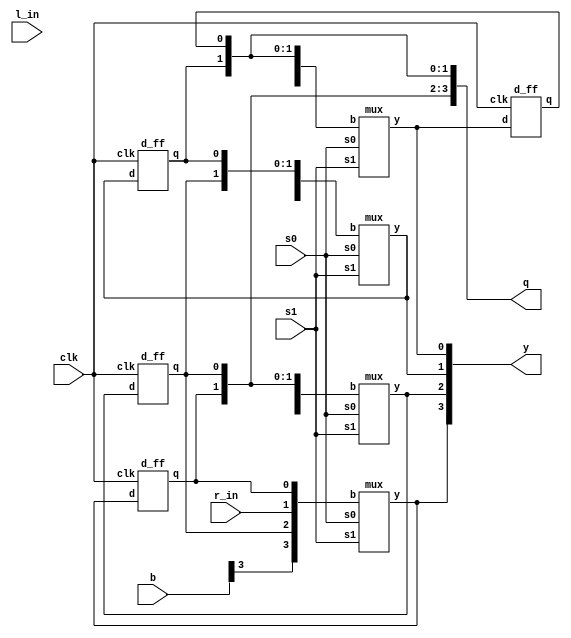
module UniversalShiftRegister(input [3:0] b,input clk,s1,s0,r_in,l_in,output[3:0] y,q);

mux m1(s1,s0,{b[3],q[2],r_in,q[3]},y[3]); //for 4 inputs used concatenation operator
d_ff d1(y[3],clk,q[3]);

mux m2(s1,s0,{b[2],q[1],q[3],q[2]},y[2]);
d_ff d2(y[2],clk,q[2]);

mux m3(s1,s0,{b[1],q[0],q[2],q[1]},y[1]);
d_ff d3(y[1],clk,q[1]);

mux m4(s1,s0,{b[0],l_in,q[1],q[0]},y[0]);
d_ff d4(y[0],clk,q[0]);

endmodule

module mux(input s1,s0,input [3:0] b,output reg y);

always @(s1 or s0) 
begin

case({s1,s0})

2'b00:begin y=b[0]; end
2'b01:begin y=b[1]; end
2'b10:begin y=b[2]; end
2'b11:begin y=b[3]; end

endcase
end
endmodule

module d_ff(input d,clk,output reg q);

always @(posedge clk)
begin
    q=d;
end

endmodule